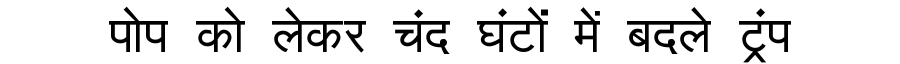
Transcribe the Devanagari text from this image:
पोप को लेकर चंद घंटों में बदले ट्रंप